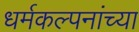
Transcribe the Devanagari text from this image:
धर्मकल्पनांच्या